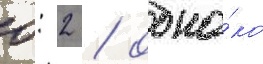
0: 2 / одна́ко